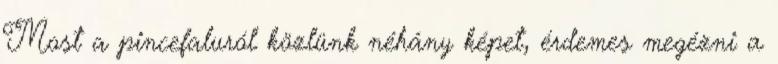
Most a pincefaluról közlünk néhány képet, érdemes megézni a